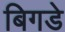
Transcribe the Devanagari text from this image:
बिगडे